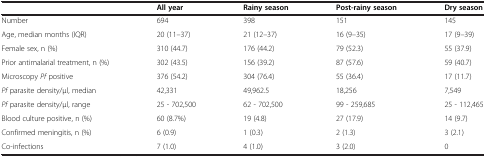
<table><thead><tr><td><b> </b></td><td><b>All year</b></td><td><b>Rainy season</b></td><td><b>Post-rainy season</b></td><td><b>Dry season</b></td></tr></thead><tbody><tr><td>Number</td><td>694</td><td>398</td><td>151</td><td>145</td></tr><tr><td>Age, median months (IQR)</td><td>20 (11–37)</td><td>21 (12–37)</td><td>16 (9–35)</td><td>17 (9–39)</td></tr><tr><td>Female sex, n (%)</td><td>310 (44.7)</td><td>176 (44.2)</td><td>79 (52.3)</td><td>55 (37.9)</td></tr><tr><td>Prior antimalarial treatment, n (%)</td><td>302 (43.5)</td><td>156 (39.2)</td><td>87 (57.6)</td><td>59 (40.7)</td></tr><tr><td>Microscopy <i>Pf</i> positive</td><td>376 (54.2)</td><td>304 (76.4)</td><td>55 (36.4)</td><td>17 (11.7)</td></tr><tr><td><i>Pf</i> parasite density/μl, median</td><td>42,331</td><td>49,962.5</td><td>18,256</td><td>7,549</td></tr><tr><td><i>Pf</i> parasite density/μl, range</td><td>25 - 702,500</td><td>62 - 702,500</td><td>99 - 259,685</td><td>25 - 112,465</td></tr><tr><td>Blood culture positive, n (%)</td><td>60 (8.7%)</td><td>19 (4.8)</td><td>27 (17.9)</td><td>14 (9.7)</td></tr><tr><td>Confirmed meningitis, n (%)</td><td>6 (0.9)</td><td>1 (0.3)</td><td>2 (1.3)</td><td>3 (2.1)</td></tr><tr><td>Co-infections</td><td>7 (1.0)</td><td>4 (1.0)</td><td>3 (2.0)</td><td>0</td></tr></tbody></table>